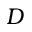
D